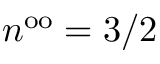
n ^ { \mathrm { o o } } = 3 / 2